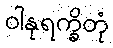
ဝါနုရက္ခိတုံ